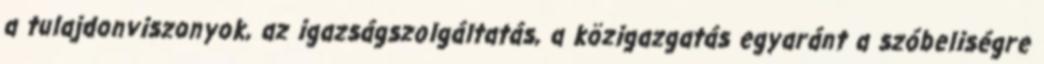
a tulajdonviszonyok, az igazságszolgáltatás, a közigazgatás egyaránt a szóbeliségre